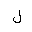
Letter: _lam